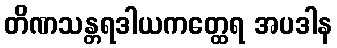
တိဏသန္တရဒါယကတ္ထေရ အပဒါန